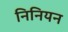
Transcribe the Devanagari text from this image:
निनियन